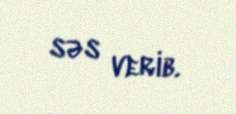
səs verib.